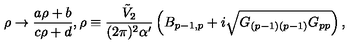
\rho \to \frac { a \rho + b } { c \rho + d } , \rho \equiv \frac { { \tilde { V } } _ { 2 } } { ( 2 \pi ) ^ { 2 } \alpha ^ { \prime } } \left( B _ { p - 1 , p } + i \sqrt { G _ { ( p - 1 ) ( p - 1 ) } G _ { p p } } \right) ,